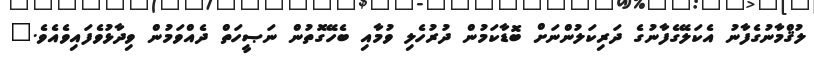
ލުޤްމާނުގެފާނު އެކަލޭގެފާނުގެ ދަރިކަލުންނަށް ބޮޑާކަމުން ދުރުހެލި ވުމާއި ބެހޭގޮތުން ނަޞީހަތް ދެއްވަމުން ވިދާޅުވެފައިވެއެވެ."